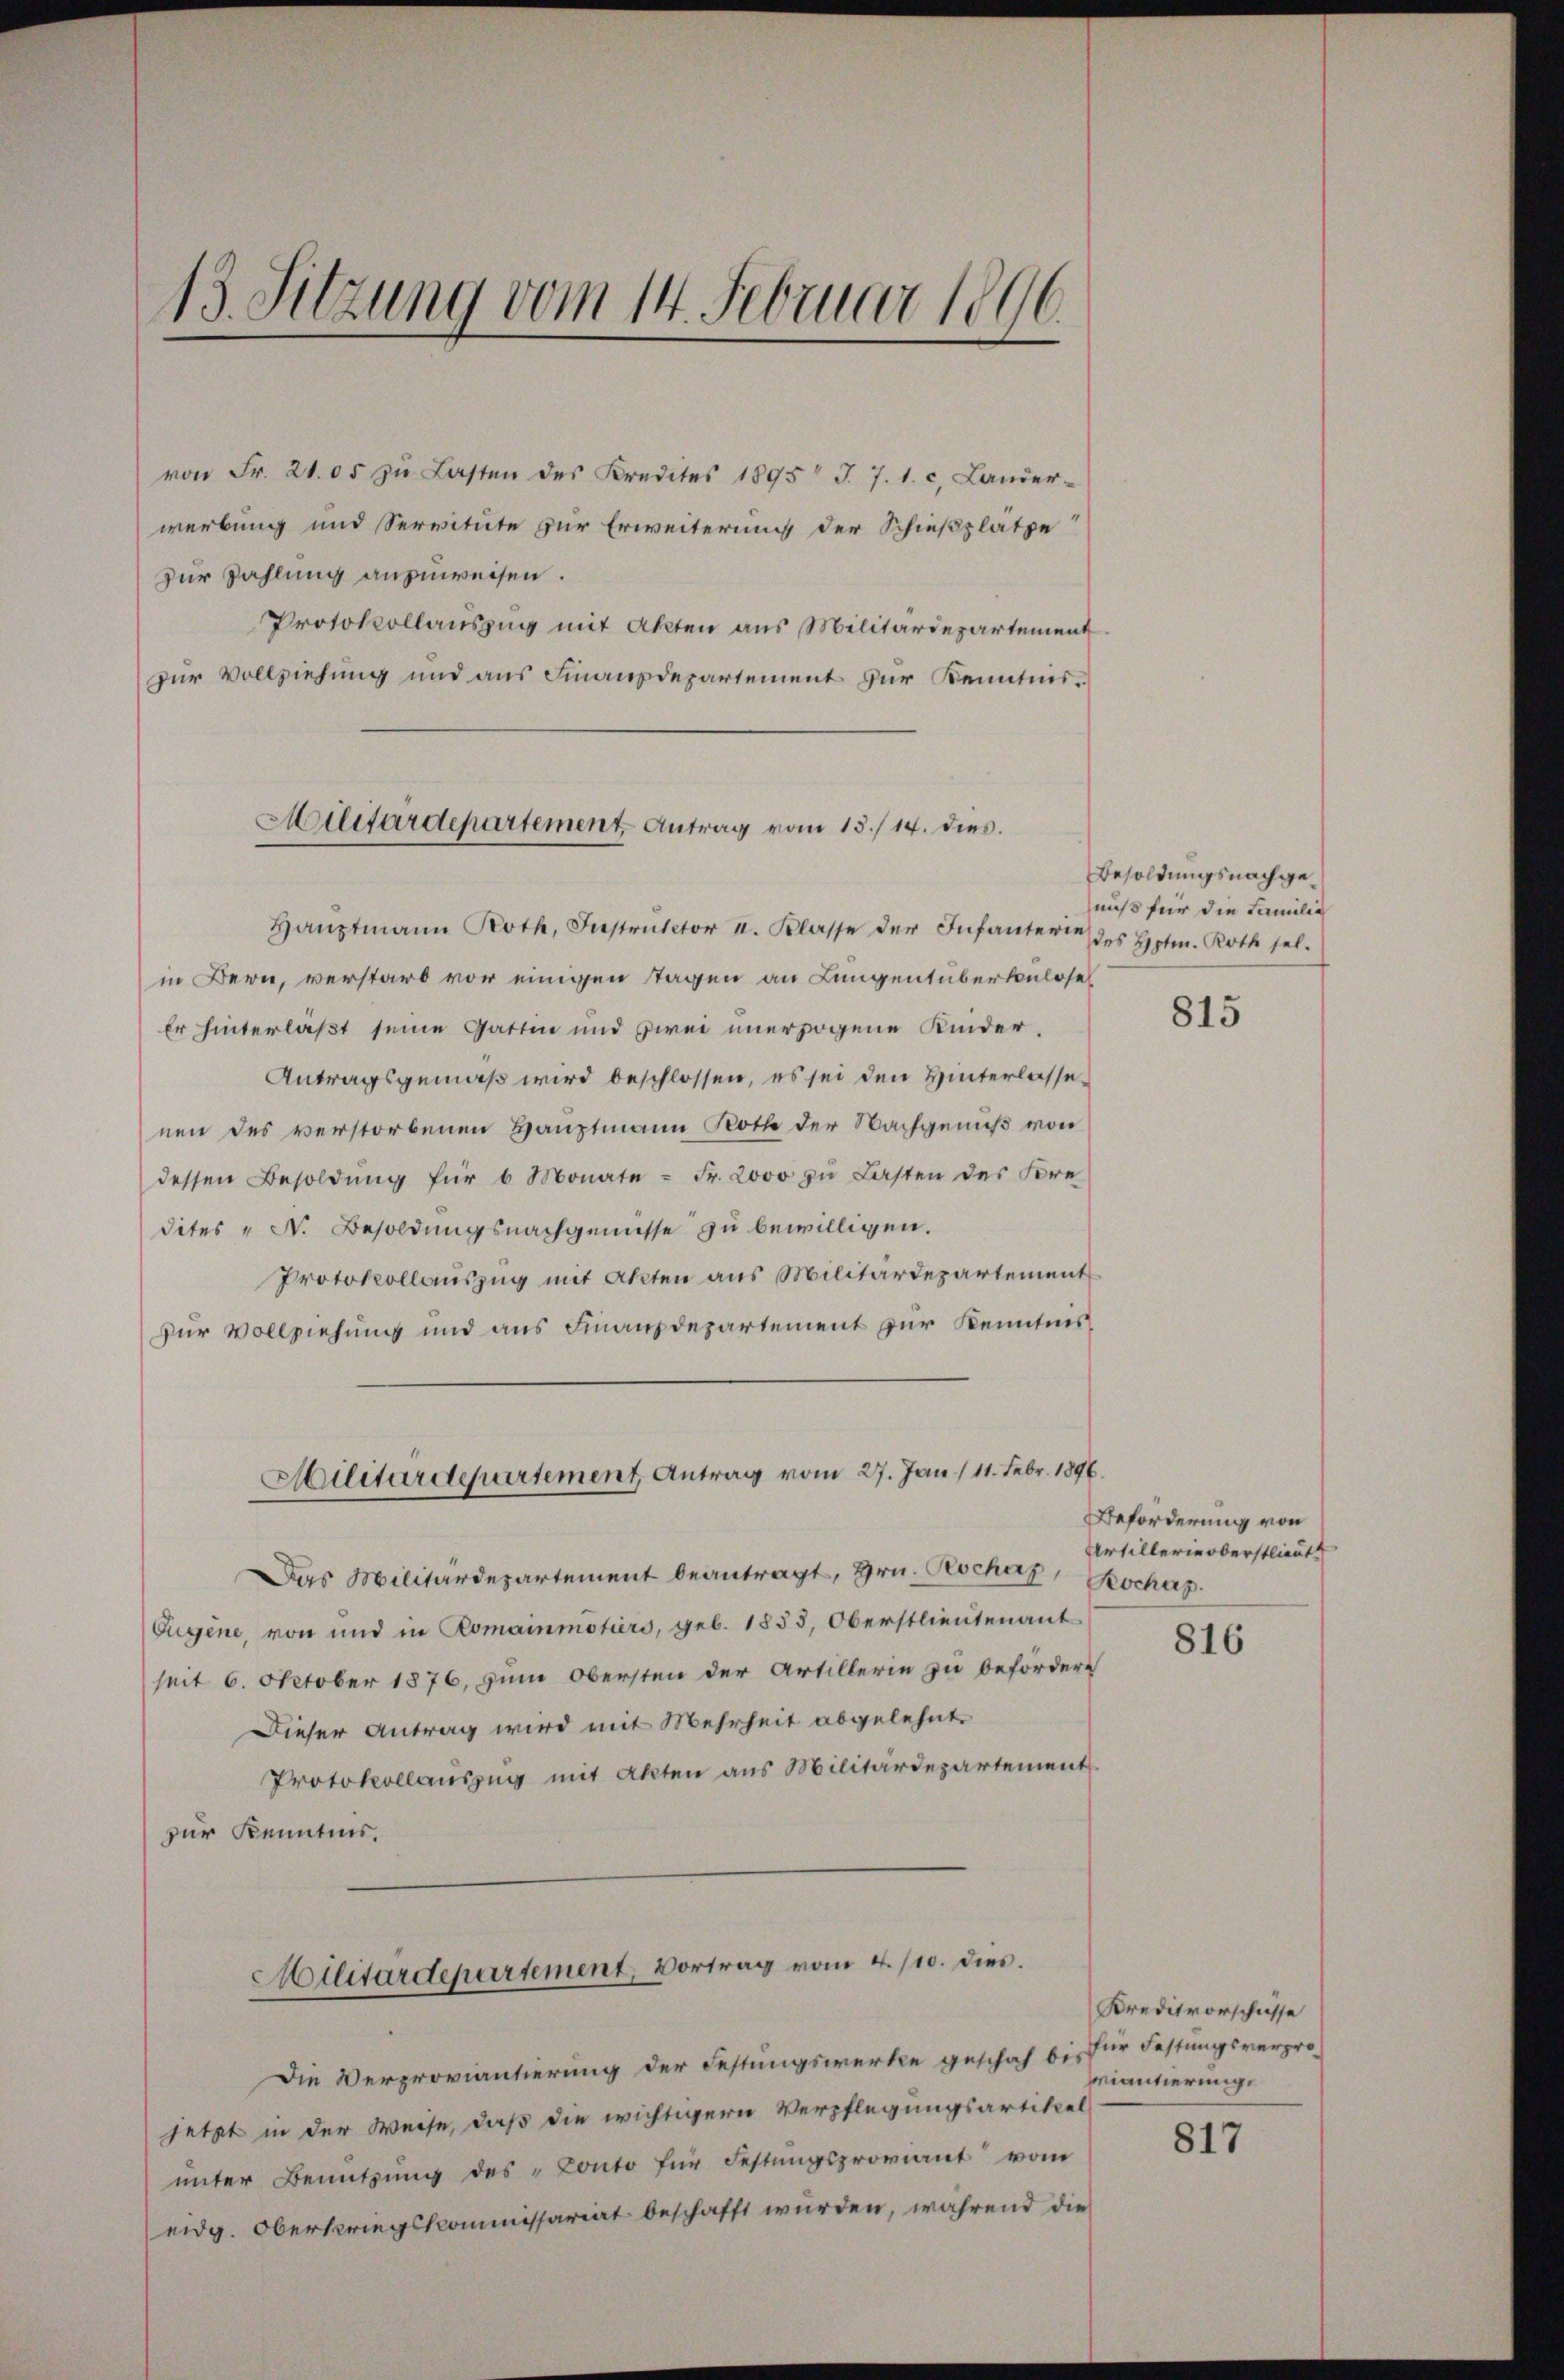
13. Sitzung vom 14. Februar 1896.

von Fr. 21. 05 zŭ Lasten des Kredites 1895 J. 7. 1. c. Lander-
werbung und Servitute zur Erweiterung der Schießplatze
Zur Zahlung anzuweisen.
Protokollauszug mit Akten aus Militärdepartement
zur Vollziehung und aus Finanzdepartement zur Kenntnis¬

Militärdepartement Antrag vom 15./14. dies

Haŭptmann Roth, Instrŭktor I. Klasse der Infanterie des Hptm. Roth sel.
in Bern, verstarb vor einigen Tagen an Lungentüberkulose
Er hinterlaßt seine Gatten und zwei unerzogene Kinder¬
Antragsgemäß wird beschlossen, es sei den Hinterlassenen des verstorbenen Hauptmann Noth der Nachgenuß von
dessen Besoldŭng für 6 Monate - Fr. 2000 zu Lasten der Fre
dites " N. Besoldungsnachgenusse zu bewilligen.
Protokollauszug mit Akten aus Militärdepartement
zur Vollziehung und aus Finanzdepartement zur Kenntnis¬
Militärdepartement Antrag vom 27. Jan. / 11. Febr. 1896.
Das Militärdepartement beantragt, Hrn. Reschaz Kochap
Eugene, von und in Romainmötiers, geb. 1853, Oberstlieutenant
seit 6. October 1876, zum Obersten der Artillerie zu befördert
Dieser Antrag wird mit Mehrheit abgelehnt
Protokollauszug mit Akten aus Militärdepartement
zur Kenntnis.

Die Verproviantierung der Festungswerke geschah bis für Festungsverpro
jetzt in der Weise, daß die wichtigern Verpflegungsartikel
unter Benützŭng des Conto für Festŭngsproviant vom
eidg. Oberkriegskommissariat beschafft wurden, während die

Militärdepartement, Vortrag vom 4./10. dies.

Besoldungsnachgenuß für die Familie

815

Beförderung von
Artillerie oberstlieut

816

Kreditvorschüsse
riantierung.

817